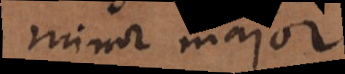
minor major